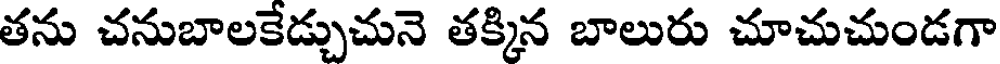
తను చనుబాలకేడ్చుచునె తక్కిన బాలురు చూచుచుండగా